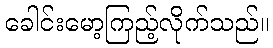
ခေါင်းမော့ကြည့်လိုက်သည်။